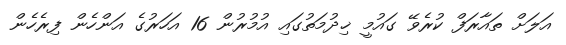
އަލަށް ތައާރަފް ކުރެވޭ ގައުމީ ޚިދުމަތުގައި އުމުރުން 16 އަހަރުގެ އަންހެން ފިރެހެން